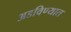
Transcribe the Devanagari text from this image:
अडविण्यात